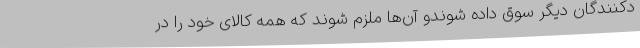
دکنندگان دیگر سوق داده شوندو آن‌ها ملزم شوند که همه کالای خود را در